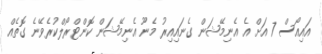
އައިއޯސް 7 އަށް އެ އެނިމޭޝަން ގެނައިއިރު މެނޫ އެނިމޭޝަން ކޮންޓްރޯލްކުރެވޭނެ ގޮތެއް